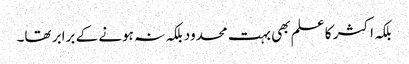
بلکہ اکثر کا علم بھی بہت محدود بلکہ نہ ہونے کے برابر تھا۔